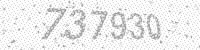
Solution: 737930